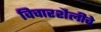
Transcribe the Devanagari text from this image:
विचारशैलीचे